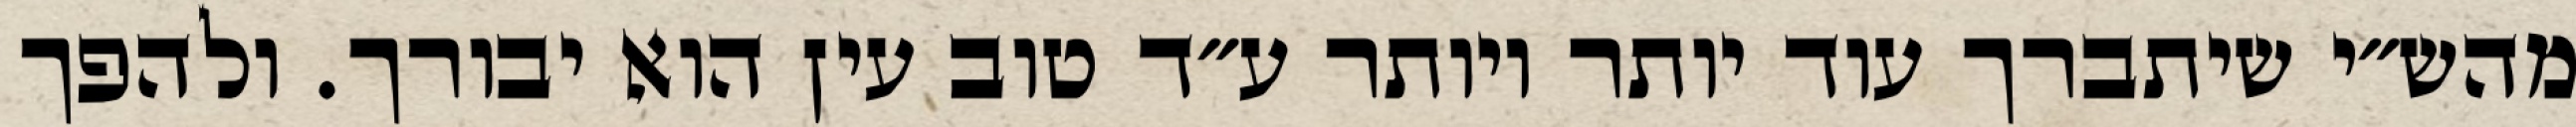
מהש״י שיתברך עוד יותר ויותר ע״ד טוב עין הוא יבורך. ולהפך